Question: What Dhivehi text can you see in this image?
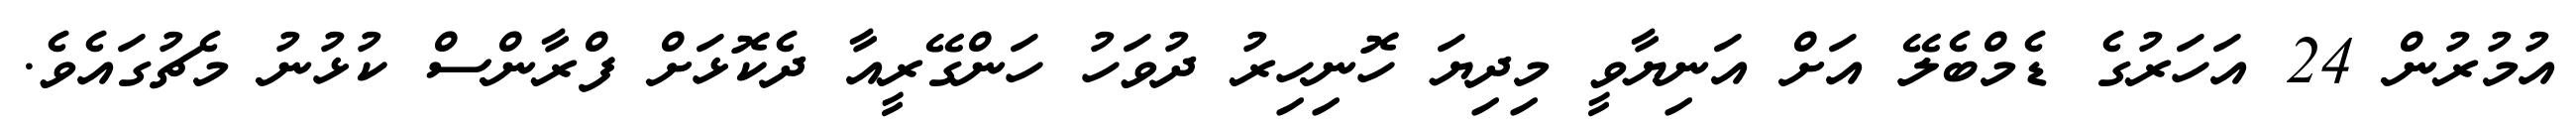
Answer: އުމުރުން 24 އަހަރުގެ ޑެމްބެލޭ އަށް އަނިޔާވީ މިދިޔަ ހޮނިހިރު ދުވަހު ހަންގޭރީއާ ދެކޮޅަށް ފްރާންސް ކުޅުނު މެޗުގައެވެ.